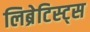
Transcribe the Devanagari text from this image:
लिब्रेटिस्ट्स